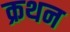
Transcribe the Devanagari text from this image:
क्रथन